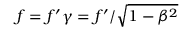
f = f ^ { \prime } \gamma = f ^ { \prime } / { \sqrt { 1 - \beta ^ { 2 } } }